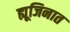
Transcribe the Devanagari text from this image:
ह्यूजिनात